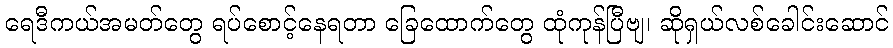
ရေဒီကယ်အမတ်တွေ ရပ်စောင့်နေရတာ ခြေထောက်တွေ ထုံကုန်ပြီဗျ၊ ဆိုရှယ်လစ်ခေါင်းဆောင်